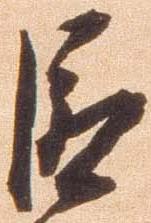
巨